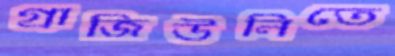
গ্রাজিউলিতে